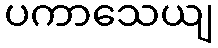
ပကာသေယျ